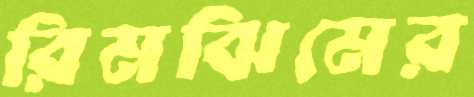
রিমঝিমের